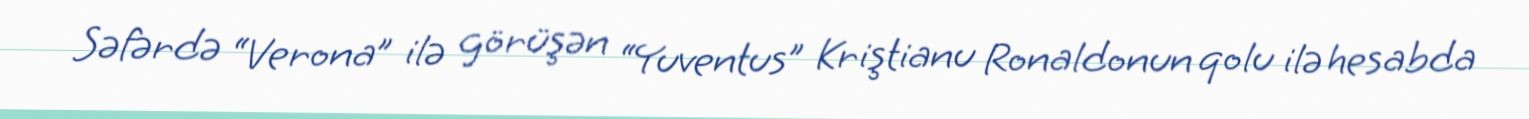
Səfərdə “Verona” ilə görüşən “Yuventus” Kriştianu Ronaldonun qolu ilə hesabda